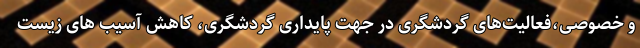
و خصوصی،فعالیت‌های گردشگری در جهت پایداری گردشگری، کاهش آسیب های زیست